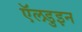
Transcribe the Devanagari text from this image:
ऍलडुइन